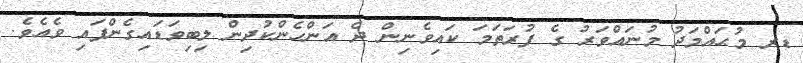
ޑރ މުޙައްމަދު މުނައްވަރު ގެ ފުރަތަމަ ކައިވެނިން ދެ އަންހެންކުދިން ލިބިވަޑައިގެންފައި ވެއެވެ.